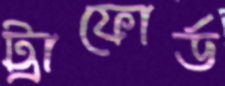
ট্রাফোর্ড